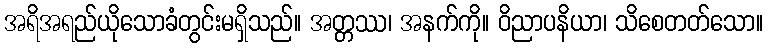
အရိအရည်ယိုသောခံတွင်းမရှိသည်။ အတ္တဿ၊ အနက်ကို။ ဝိညာပနိယာ၊ သိစေတတ်သော။